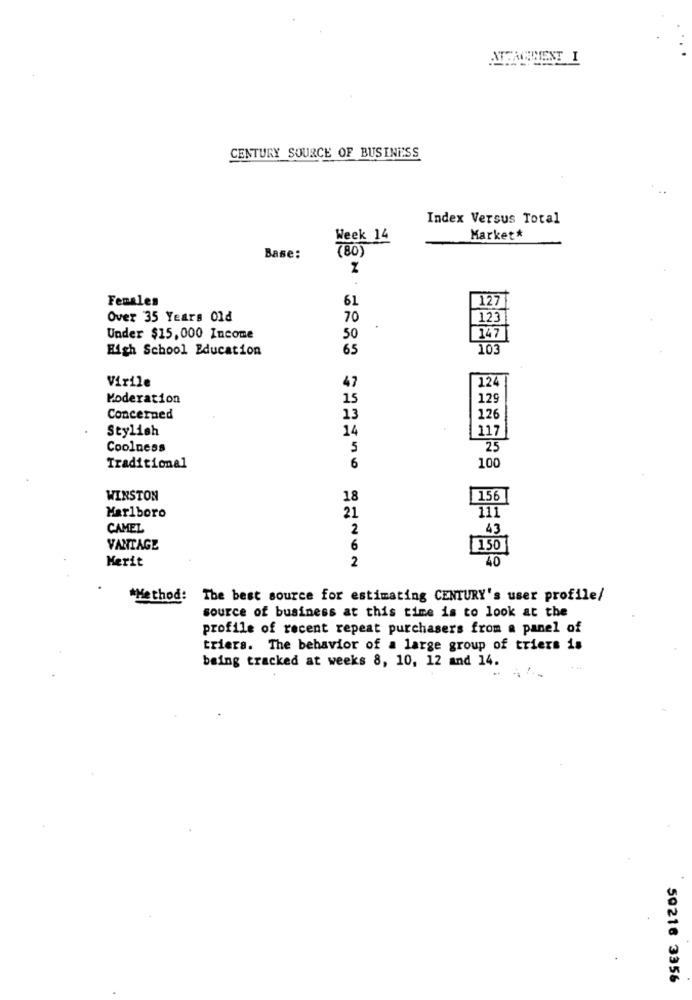
ATTJAGGMENT I
CENTURY SOURCE OF BUSINESS
Index Versus Total
Week 14
Market*
(80)
Base:
Females
61
127
Over 35 Years Old
70
123
Under $15,000 Income
50
147
High School Education
65
103
Virile
47
124
Moderation
15
129
Concerned
13
126
Stylish
14
117
Coolness
5
25
Traditional
6
100
WINSTON
18
156
Marlboro
21
111
CAMEL
2
43
VANTAGE
6
150
Merit
2
40
*Method:
The best source for estimating CENTURY's user profile/
source of business at this time is to look at the
profile of recent repeat purchasers from a panel of
triers. The behavior of a large group of triers is
being tracked at weeks 8, 10, 12 and 14.
50216 3356